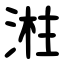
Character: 㴤